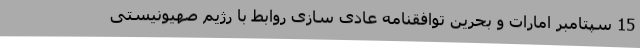
15 سپتامبر امارات و بحرین توافقنامه عادی سازی روابط با رژیم صهیونیستی